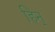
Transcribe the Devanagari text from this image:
हिन्